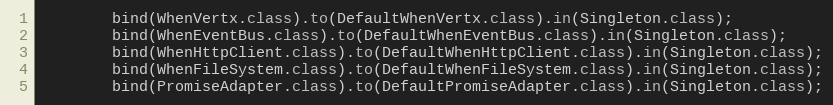
Language: Java
        bind(WhenVertx.class).to(DefaultWhenVertx.class).in(Singleton.class);
        bind(WhenEventBus.class).to(DefaultWhenEventBus.class).in(Singleton.class);
        bind(WhenHttpClient.class).to(DefaultWhenHttpClient.class).in(Singleton.class);
        bind(WhenFileSystem.class).to(DefaultWhenFileSystem.class).in(Singleton.class);
        bind(PromiseAdapter.class).to(DefaultPromiseAdapter.class).in(Singleton.class);